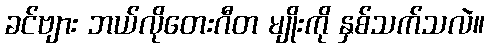
ခင်ဗျား ဘယ်လိုတေးဂီတ မျိုးကို နှစ်သက်သလဲ။